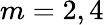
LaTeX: m=2,4